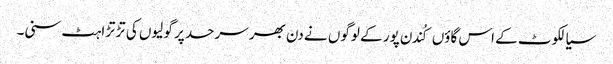
سیالکوٹ کے اس گاؤں کُندن پور کے لوگوں نے دن بھر سرحد پر گولیوں کی تڑتڑاہٹ سنی۔